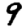
Digit: 9